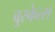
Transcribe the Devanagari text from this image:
बुस्केत्स